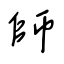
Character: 師